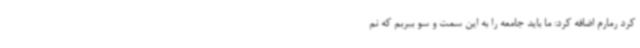
کرد رمارم اضافه کرد: ما باید جامعه را به این سمت و سو ببربم که نم